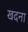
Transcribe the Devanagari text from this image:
खदना